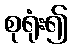
စုရုံး၍